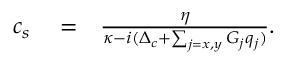
\begin{array} { r l r } { c _ { s } } & { { } = } & { \frac { \eta } { \kappa - i ( \Delta _ { c } + \sum _ { j = x , y } G _ { j } q _ { j } ) } . } \end{array}